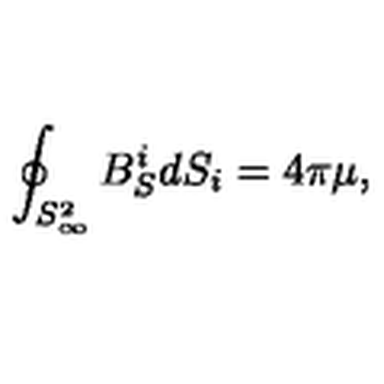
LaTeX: \oint _ { S _ { \infty } ^ { 2 } } B _ { S } ^ { i } d S _ { i } = 4 \pi \mu ,